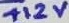
Text: +12V